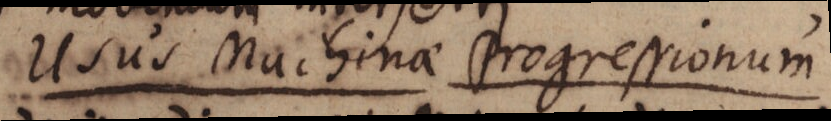
Usus Machinae Progressionum